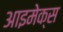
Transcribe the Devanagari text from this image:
आइमेक्स